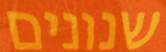
שנונים